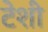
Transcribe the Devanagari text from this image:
टेशी